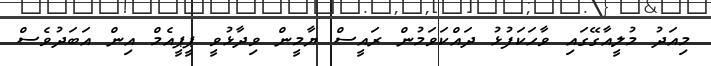
މިއަދު މުލީއާގޭގައި ވާހަކަފުޅު ދައްކަވަމުން ރައީސް ޔާމީން ވިދާޅުވީ ޕީޕީއެމް އިން އަބަދުވެސް